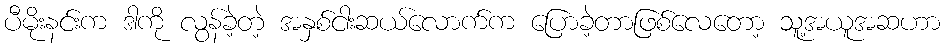
ပီမိုးနင်းက ဒါကို လွန်ခဲ့တဲ့ အနှစ်ငါးဆယ်လောက်က ပြောခဲ့တာဖြစ်လေတော့ သူ့အယူအဆဟာ